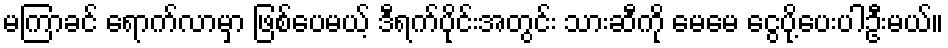
မကြာခင် ရောက်လာမှာ ဖြစ်ပေမယ့် ဒီရက်ပိုင်းအတွင်း သားဆီကို မေမေ ငွေပို့ပေးပါဦးမယ်။